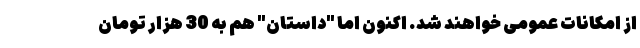
از امکانات عمومی خواهند شد. اکنون اما "داستان" هم به 30 هزار تومان